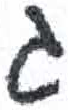
אות: ג